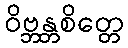
ဝိဗ္ဘန္တစိတ္တေ